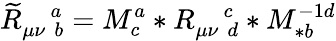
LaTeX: \widetilde{R}_{\mu\nu\, \, b}^{\quad a}=M_{c}^{a}\ast R_{\mu\nu\, \, d}^{\quad c}\ast M_{\ast b}^{-1d}